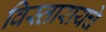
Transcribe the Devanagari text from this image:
विस्तारायचे